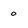
Character: 0